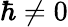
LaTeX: \hbar\neq 0